Jaan_Tonisson_(Lasteleht), lk 205
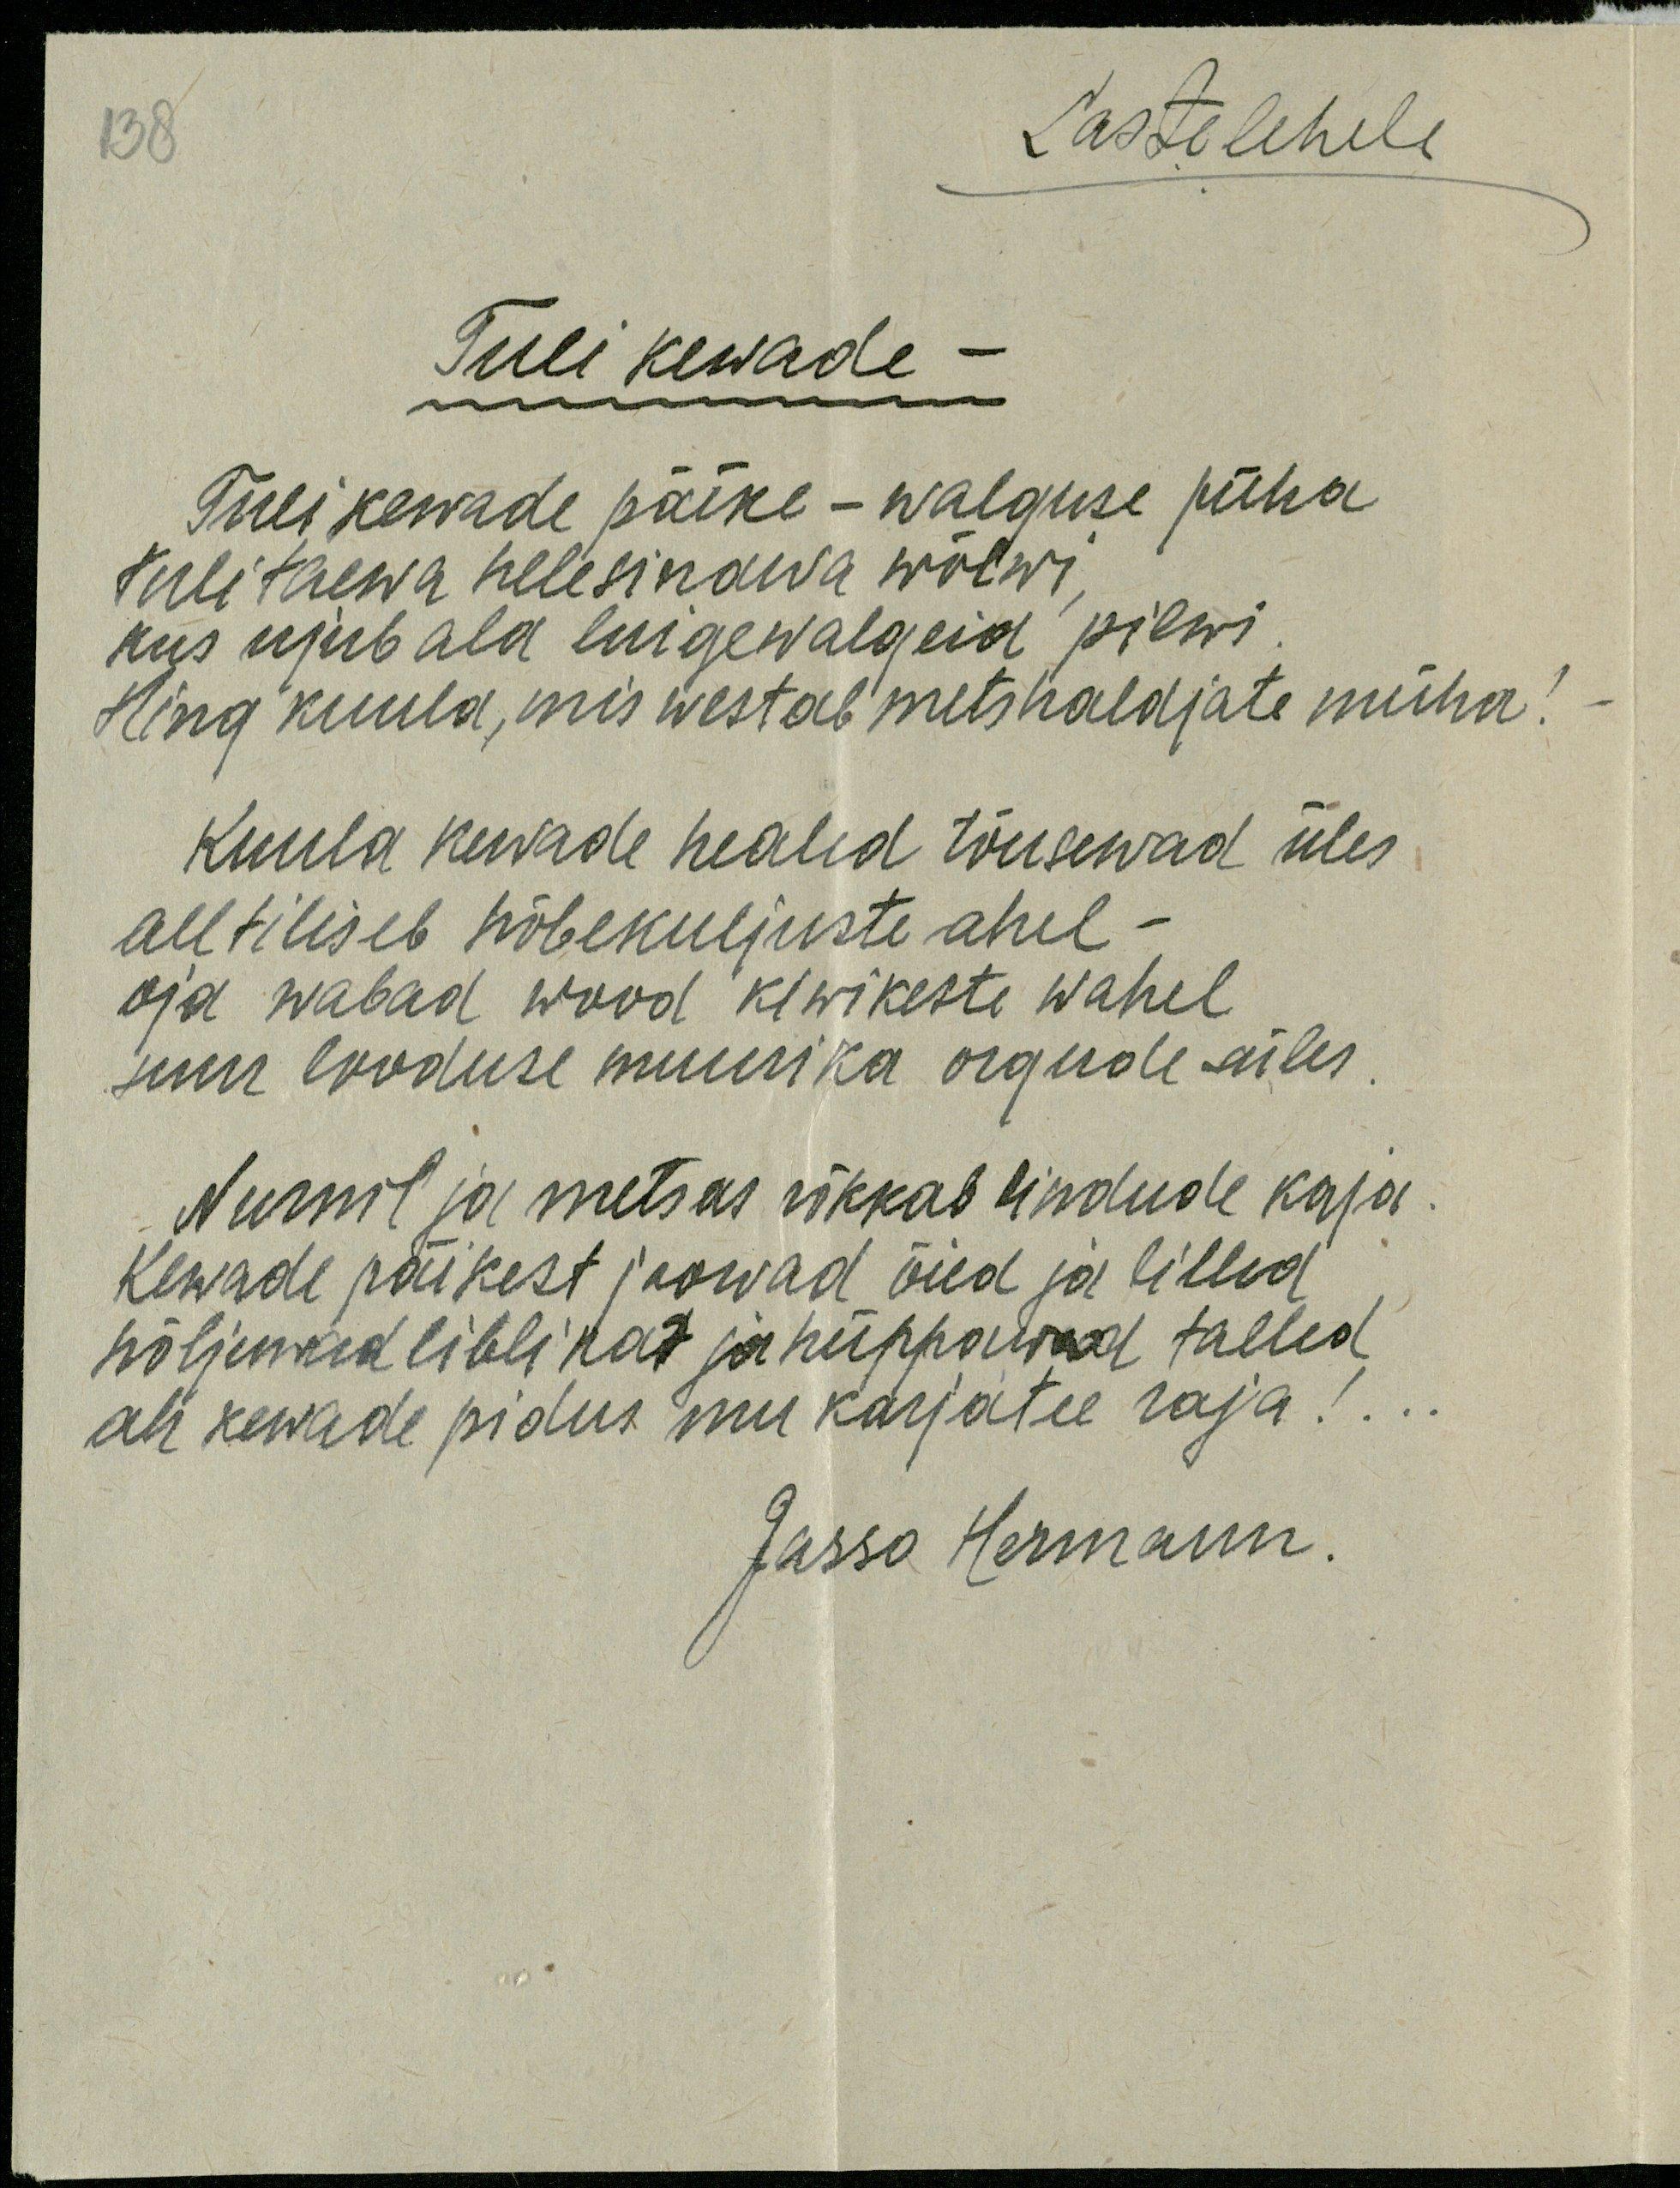
138
Lastelehele
Tuli kewade
Tuli kewade päike - walguse püha
Tuli taewa helesinawa wõlwi
kus ujub ala luigewalgeid pilwi
Hing kuula, mis westab metshaldjate müha!
Kuula kewade healed tõusewad üles
all tiliseb hõbekuljuste ahel.
oja wabad wood kiwikeste wahel,
suur looduse muusika orgude üles
Nurnil ja metsas rõkkab lindude kaja
Kewade päikest joowad õied ja lilled
hõljuwad liblikad ja hüppawad talled
oli kewade pidus mu karjatee raja!..
Jasso Hermann.